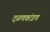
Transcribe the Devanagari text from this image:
दळणकांडण